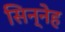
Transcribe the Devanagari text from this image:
सिन्नेह